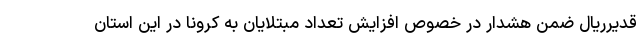
قدیرریال ضمن هشدار در خصوص افزایش تعداد مبتلایان به کرونا در این استان